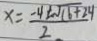
x = \frac { - 4 \pm \sqrt { 1 6 + 2 4 } } { 2 }